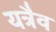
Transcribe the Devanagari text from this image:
यत्रैव